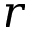
r